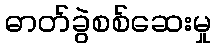
ဓာတ်ခွဲစစ်ဆေးမှု